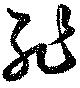
恥